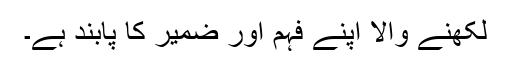
لکھنے والا اپنے فہم اور ضمیر کا پابند ہے۔